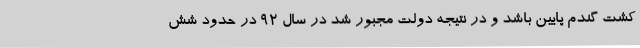
کشت گندم پایین باشد و در نتیجه دولت مجبور شد در سال ۹۲ در حدود شش